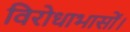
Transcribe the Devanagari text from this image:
विरोधाभासों।